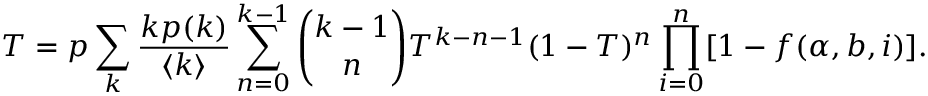
T = p \sum _ { k } \frac { k p ( k ) } { \langle k \rangle } \sum _ { n = 0 } ^ { k - 1 } \binom { k - 1 } { n } T ^ { k - n - 1 } ( 1 - T ) ^ { n } \prod _ { i = 0 } ^ { n } [ 1 - f ( \alpha , b , i ) ] .